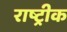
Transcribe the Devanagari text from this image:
राष्ट्रीक